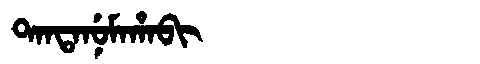
Manchu: ᡨᠠᠨᡨᠠᠨᡠᠮᠠᡥᠠᠪᡳ
Romanization: TANTANUMAHABI